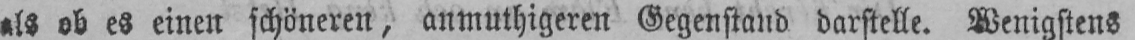
als ob es einen schöneren, anmuthigeren Gegenstand darstelle. Wenigstens